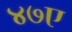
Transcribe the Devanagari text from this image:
४७ए